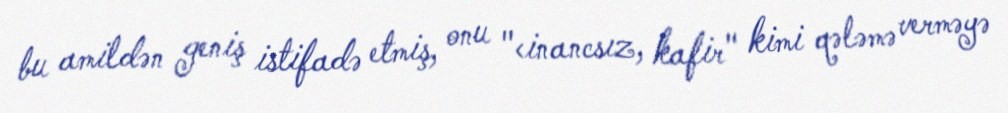
bu amildən geniş istifadə etmiş, onu "<inancsız, kafir" kimi qələmə verməyə